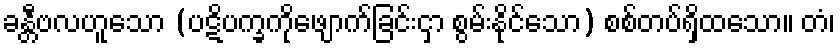
ခန္တီဗလဟူသော (ပဋိပက္ခကိုဖျောက်ခြင်းငှာ စွမ်းနိုင်သော) စစ်တပ်ရှိထသော။ တံ၊